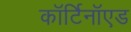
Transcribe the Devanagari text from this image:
कॉर्टिनॉएड